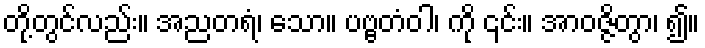
တို့တွင်လည်း။ အညတရံ၊ သော။ ပဗ္ဗတံဝါ၊ ကို ၎င်း။ အာဝဇ္ဇိတွာ၊ ၍။